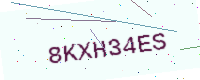
Text: 8KXH34ES